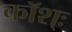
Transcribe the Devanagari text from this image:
कॉश्ः